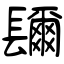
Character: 镾